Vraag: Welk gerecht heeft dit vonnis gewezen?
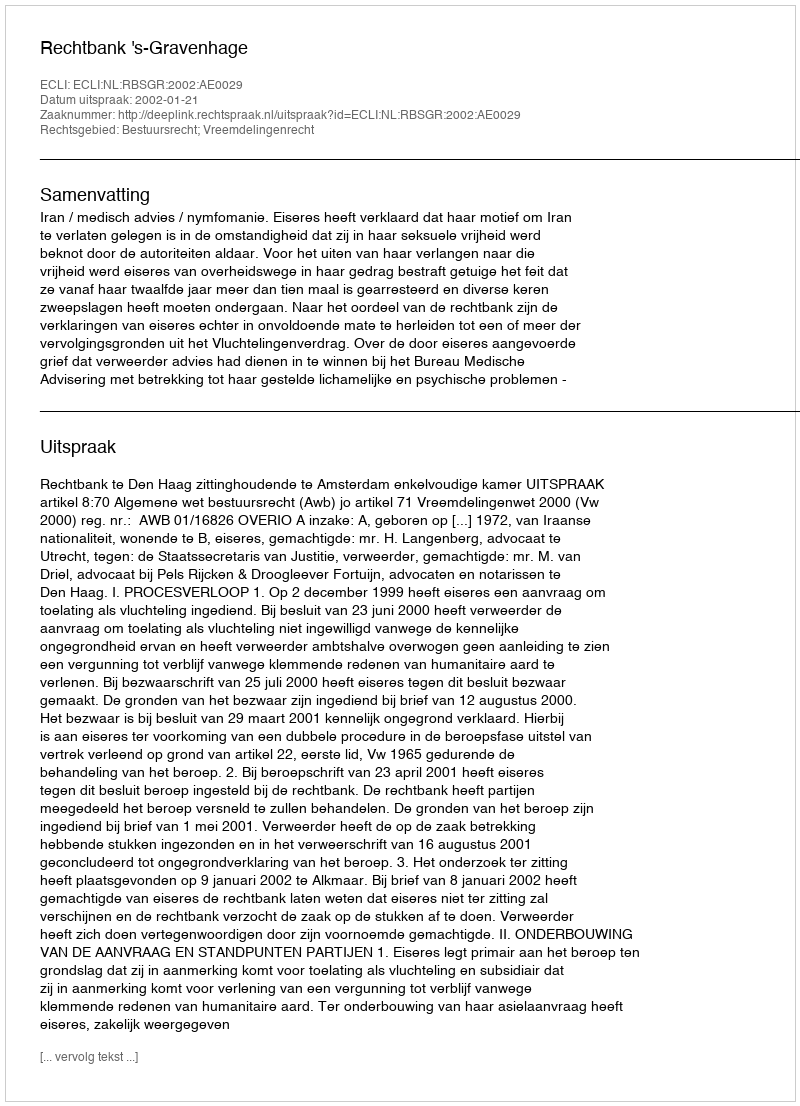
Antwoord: Rechtbank 's-Gravenhage